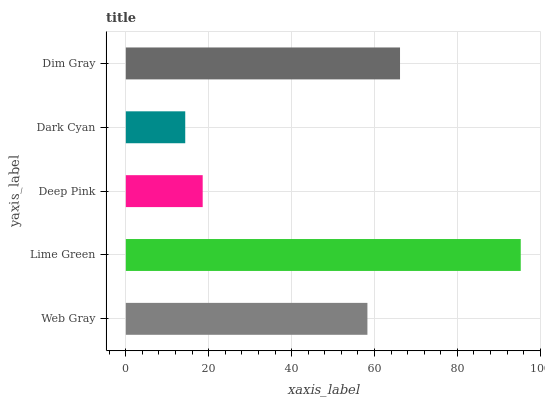
| yaxis_label | bars |
 | --- | --- |
 | Web Gray | 58.3 |
 | Lime Green | 95.3 |
 | Deep Pink | 18.5 |
 | Dark Cyan | 14.3 |
 | Dim Gray | 66.2 |